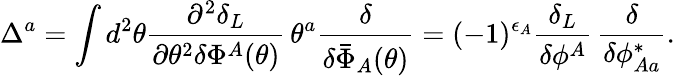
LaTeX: \Delta^{a}=\int d^{2}\theta\frac{\partial^{2}\delta_{L}}{\partial\theta^{2}\delta\Phi^{A}(\theta)}\, \theta^{a}\frac{\delta}{\delta\bar{\Phi}_{A}(\theta)}=(-1)^{\epsilon_{A}}\frac{\delta_{L}}{\delta\phi^{A}}\, \frac{\delta}{\delta\phi_{Aa}^{*}}.